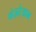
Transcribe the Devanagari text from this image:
मंज़रेआम